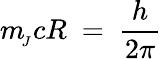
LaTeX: m_{\! _{J}}cR\ =\ \frac{h}{2\pi}